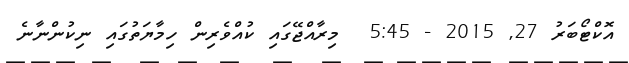
އޮކްޓޯބަރު 27